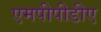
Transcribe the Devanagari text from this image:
एमपीपीडीए